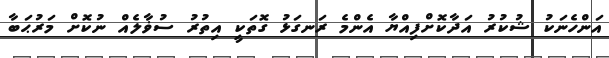
އަންހެނަކު ޝުކުރު އަދާކޮށްފިއްޔާ އެންމެ ރަނގަޅު ގޮތަކީ އިތުރު ސުޥާލެއް ނުކޮށް މަރުޙަބާ